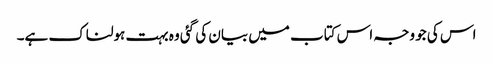
اس کی جو وجہ اس کتاب میں بیان کی گئی وہ بہت ہولناک ہے۔